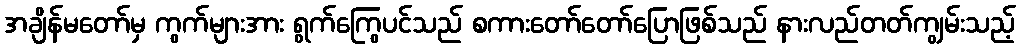
အချိန်မတော်မှ ကွက်များအား ရွက်ကြွေပင်သည် စကားတော်တော်ပြောဖြစ်သည် နားလည်တတ်ကျွမ်းသည့်